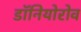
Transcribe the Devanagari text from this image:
डॉनियोरोव